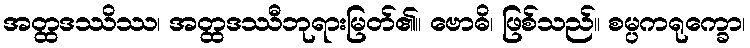
အတ္ထဒဿိဿ၊ အတ္ထဒဿီဘုရားမြတ်၏။ ဗောဓိ၊ ဖြစ်သည်။ စမ္ပကရုက္ခော၊